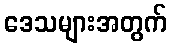
ဒေသများအတွက်